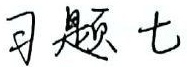
习题七